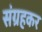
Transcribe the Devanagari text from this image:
संग्रहकर